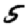
Digit: 5